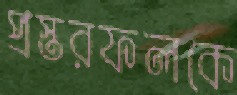
প্রস্তরফলকে